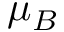
\mu _ { B }